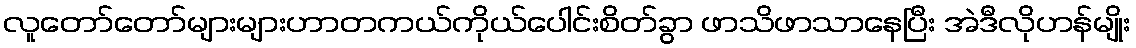
လူတော်တော်များများဟာတကယ်ကိုယ်ပေါင်းစိတ်ခွာ ဖာသိဖာသာနေပြီး အဲဒီလိုဟန်မျိုး